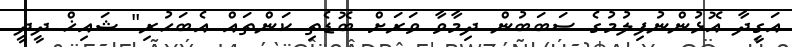
އަގީދާ އޮޅުންނުފިލުމުގެ ސަބަބުން ދިމާވާ ވަރަށް ބޮޑެތި ކަންތައް އެބަހުރި" ޝައިޚް ދީދީ